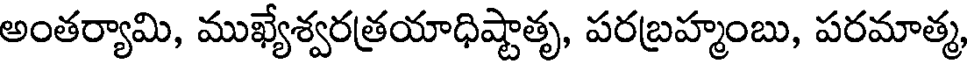
అంతర్యామి, ముఖ్యేశ్వరత్రయాధిష్టాతృ, పరబ్రహ్మంబు, పరమాత్మ,